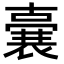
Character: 𭋛